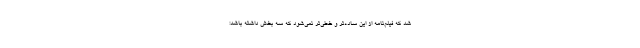
شد که فیلم‌نامه از این ساده‌تر و خطی‌تر نمی‌شود که سه بخش داشته باشد: